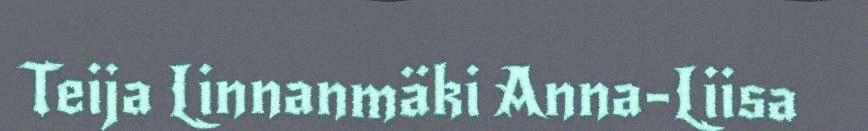
Teija Linnanmäki Anna-Liisa